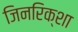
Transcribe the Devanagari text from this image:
जिनरिक्शा